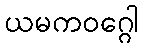
ယမကဝဂ္ဂေါ